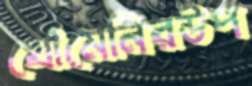
খোমেনিরউপ